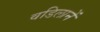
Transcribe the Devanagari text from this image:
वडिलानें